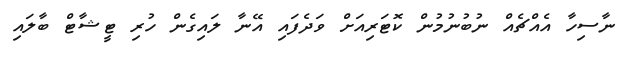
ނާސިހާ އެއްޗެއް ނުބުނުމުން ކޮޓަރިއަށް ވަދެފައި އޭނާ ލައިގެން ހުރި ޓީޝާޓް ބާލައި